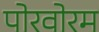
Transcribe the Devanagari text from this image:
पोरवोरम